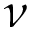
\nu